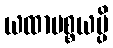
ယထာပစ္စယမ္ပိ